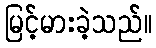
မြင့်မားခဲ့သည်။